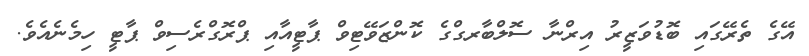
އޭގެ ތެރޭގައި ބޮޑުވަޒީރު އިރްނާ ސޮލްބާރގްގެ ކޮންޒަވޭޓިވް ޕާޓީއާއި ޕްރޮގްރެސިވް ޕާޓީ ހިމެނެއެވެ.